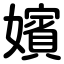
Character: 嬪